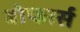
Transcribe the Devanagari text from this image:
बोफार्स